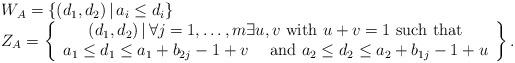
LaTeX: \begin{align*}\begin{array}{l}W_A= \{(d_1,d_2) \,|\, a_i\leq d_i\} \\Z_A=\left\lbrace\begin{array}{c}(d_1,d_2)\,|\, \forall j=1,\dots, m \exists u,v \mbox{ with } u+v=1 \mbox{ such that}\\a_1\leq d_1\leq a_1+b_{2j}-1+v \quad\mbox{ and }a_2\leq d_2\leq a_2+b_{1j}-1+u\end{array}\right\rbrace.\end{array}\end{align*}